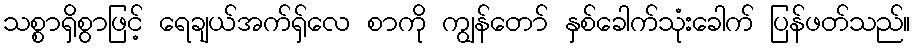
သစ္စာရှိစွာဖြင့် ရေချယ်အက်ရှ်လေ စာကို ကျွန်တော် နှစ်ခေါက်သုံးခေါက် ပြန်ဖတ်သည်။